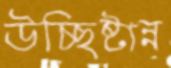
উচ্ছিষ্টান্ন